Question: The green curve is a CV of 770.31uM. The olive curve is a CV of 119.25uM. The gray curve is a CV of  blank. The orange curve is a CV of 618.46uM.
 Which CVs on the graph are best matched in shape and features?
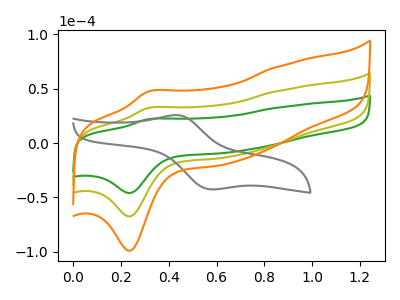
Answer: <think>The green curve "770.31uM" has an anodic peak at (0.30V, 21.90uA) and a cathodic peak at (0.25V, -46.05uA). The olive curve "119.25uM" has an anodic peak at (0.30V, 32.15uA) and a cathodic peak at (0.25V, -67.60uA). The gray curve " blank" has an anodic peak at (0.45V, 25.70uA) and a cathodic peak at (0.60V, -42.75uA). The orange curve "618.46uM" has an anodic peak at (0.30V, 64.30uA) and a cathodic peak at (0.25V, -135.25uA).
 All the peaks in "770.31uM" have a peak in "119.25uM" at the same potential. Every peak in "770.31uM" is lower than every peak in "119.25uM". "770.31uM" and " blank" have at least one peak that do not match. All the peaks in "770.31uM" have a peak in "618.46uM" at the same potential. Every peak in "770.31uM" is lower than every peak in "618.46uM". "119.25uM" and " blank" have at least one peak that do not match. All the peaks in "119.25uM" have a peak in "618.46uM" at the same potential. Every peak in "119.25uM" is lower than every peak in "618.46uM". " blank" and "618.46uM" have at least one peak that do not match.</think>
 <answer>"770.31uM", "119.25uM" and "618.46uM" have the same shape and are likely CV's of the same chemical.</answer>
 <eval>"770.31uM" "119.25uM" "618.46uM"</eval>